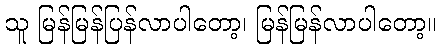
သူ မြန်မြန်ပြန်လာပါတော့၊ မြန်မြန်လာပါတော့။